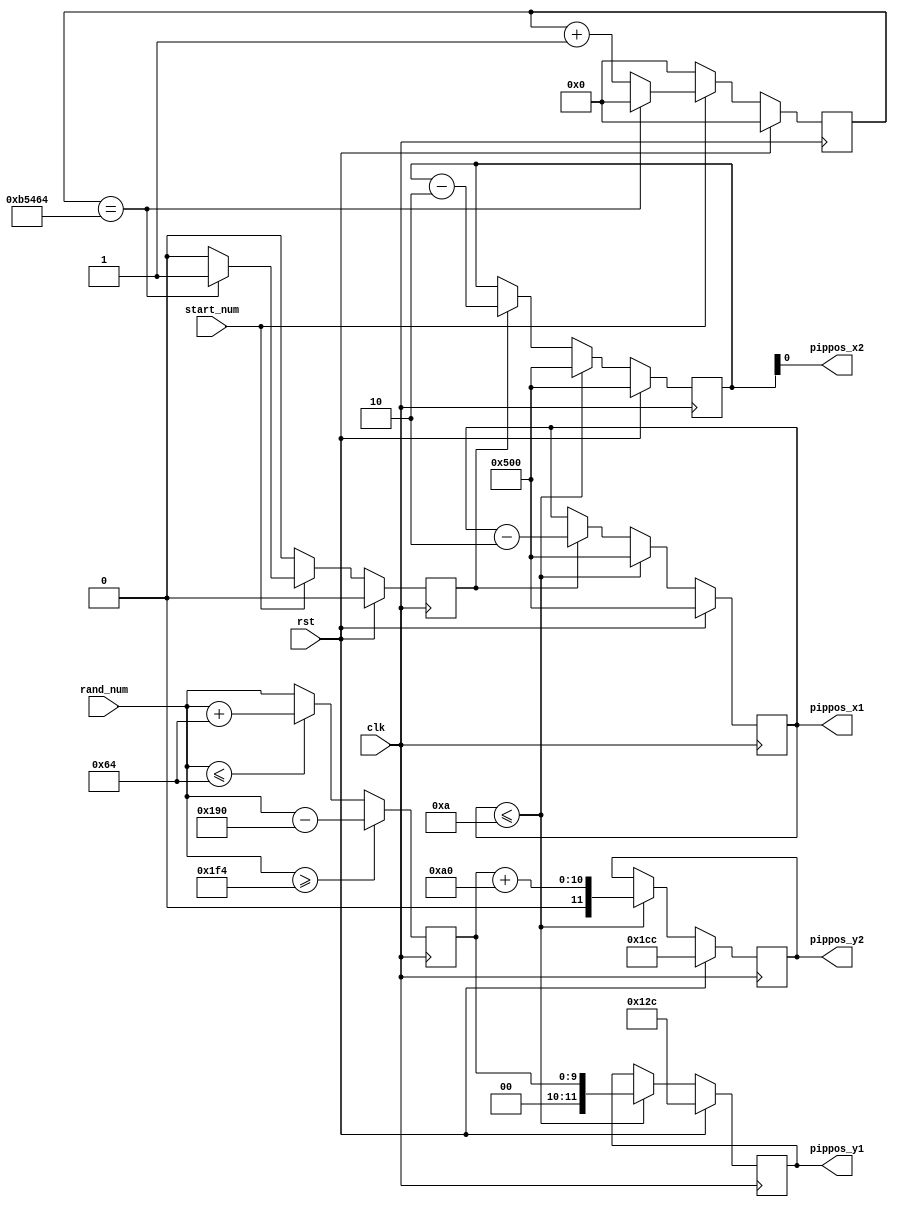
`timescale 1ns / 1ps

module pipe(input clk,input rst,input [9:0]rand_num,input start_num,
output [11:0]pippos_x1,output [11:0]pippos_y1,output pippos_x2,output [11:0]pippos_y2);

reg [11:0]pippos_x1r=12'd1280;
reg [11:0]pippos_y1r=12'd300;
reg [11:0]pippos_x2r=12'd1280;
reg [11:0]pippos_y2r=12'd460;
reg [31:0]count=0;
reg [31:0]count2=0;
reg moveflag=0;
reg [9:0]rand_num0;
//reg pip_gen_wire;

always@(posedge clk)
begin
    if(rand_num>=10'd500) rand_num0<=rand_num-10'd400;
    else if(rand_num<=10'd100) rand_num0<=rand_num+10'd100;
    else rand_num0<=rand_num;
end

always@(posedge clk)
begin
    if(rst) begin moveflag<=1'b0;count<=1'b0; end
    else if(start_num)
      begin
          if(count==32'd742500) begin moveflag<=1'b1;count<=1'b0;  end
          //if(count==32'd1485000) begin moveflag<=1'b1;count<=1'b0;  end
          else begin moveflag<=1'b0;count<=count+1'b1; end
      end
    else begin  moveflag<=1'b0;count<=1'b0;  end
end

always@(posedge clk)
begin
  if(rst) begin  pippos_x1r<=12'd1280;pippos_x2r<=12'd1280;pippos_y1r<=12'd300;pippos_y2r<=12'd460; end
  else if(pippos_x1r<=10) begin pippos_x1r<=12'd1280;pippos_x2r<=12'd1280;pippos_y1r<=rand_num0;pippos_y2r<=rand_num0+12'd160;end
  else if(moveflag) begin pippos_x1r<=pippos_x1r-12'd2;pippos_x2r<=pippos_x2r-12'd2; end
  else begin pippos_x1r<=pippos_x1r;pippos_x2r<=pippos_x2r;end
end



assign pippos_x1=pippos_x1r;
assign pippos_y1=pippos_y1r;
assign pippos_x2=pippos_x2r;
assign pippos_y2=pippos_y2r;



endmodule

// always@(posedge clk)
// begin
//   if(start_num==4'd0)
//     begin
//       pip_gen=1'b1;
//     end
//   else if(start_num==4'd1)
//     begin
//       if(count2==32'd148500000) begin count2<=count2;pip_gen=1'b1;end
//       else count2<=count2+1'b1;
//     end
//   else if(start_num==4'd2)
//     begin
//       if(count2==32'd297000000) begin count2<=count2;pip_gen=1'b1;end
//       else count2<=count2+1'b1;
//     end
//   else pip_gen<=1'b0;
// end